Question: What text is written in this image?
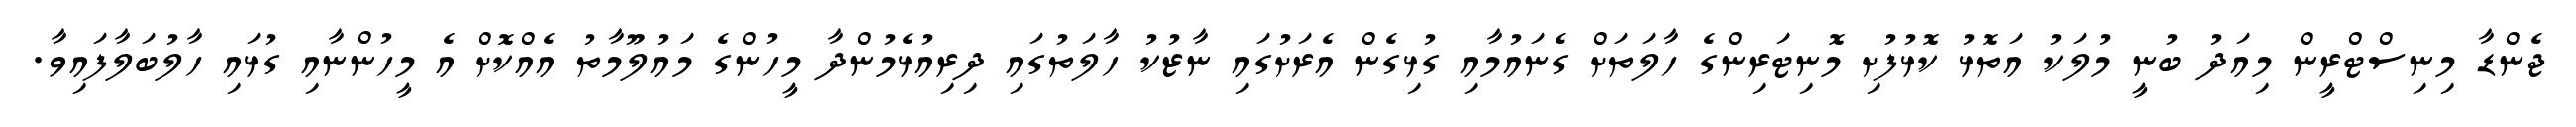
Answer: ޖެންޑާ މިނިސްޓްރީން މިއަދު ބުނީ މުލަކު އަތޮޅު ކޮޅުފުށި މޮނިޓަރިންގެ ހާލަތަށް ގެނައުމާއި ގުޅިގެން އެރަށުގައި ނާޒުކު ހާލަތުގައި ދިރިއުޅެމުންދާ މީހުންގެ މައުލޫމާތު އެއްކޮށް އެ މީހުންނާއި ގުޅައި ހާލުބަލާފައިވާ.